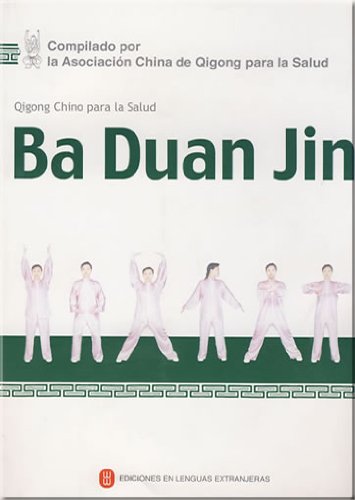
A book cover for Ba Duan Jin - Qigong Chino Para La Salud (Spanish Edition); Health, Fitness & Dieting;